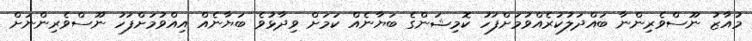
މުއާޒު ނޫސްވެރިންނާ ބައްދަލުކުރެއްވުމަށްފަހު ކޮމިޝަންގެ ބަޔާނެއް ކަމަށް ވިދާޅުވެ ބަޔާނެއް އިއްވުމަށްފަހު ނޫސްވެރިންނަށް